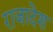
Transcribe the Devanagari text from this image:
राजादेश